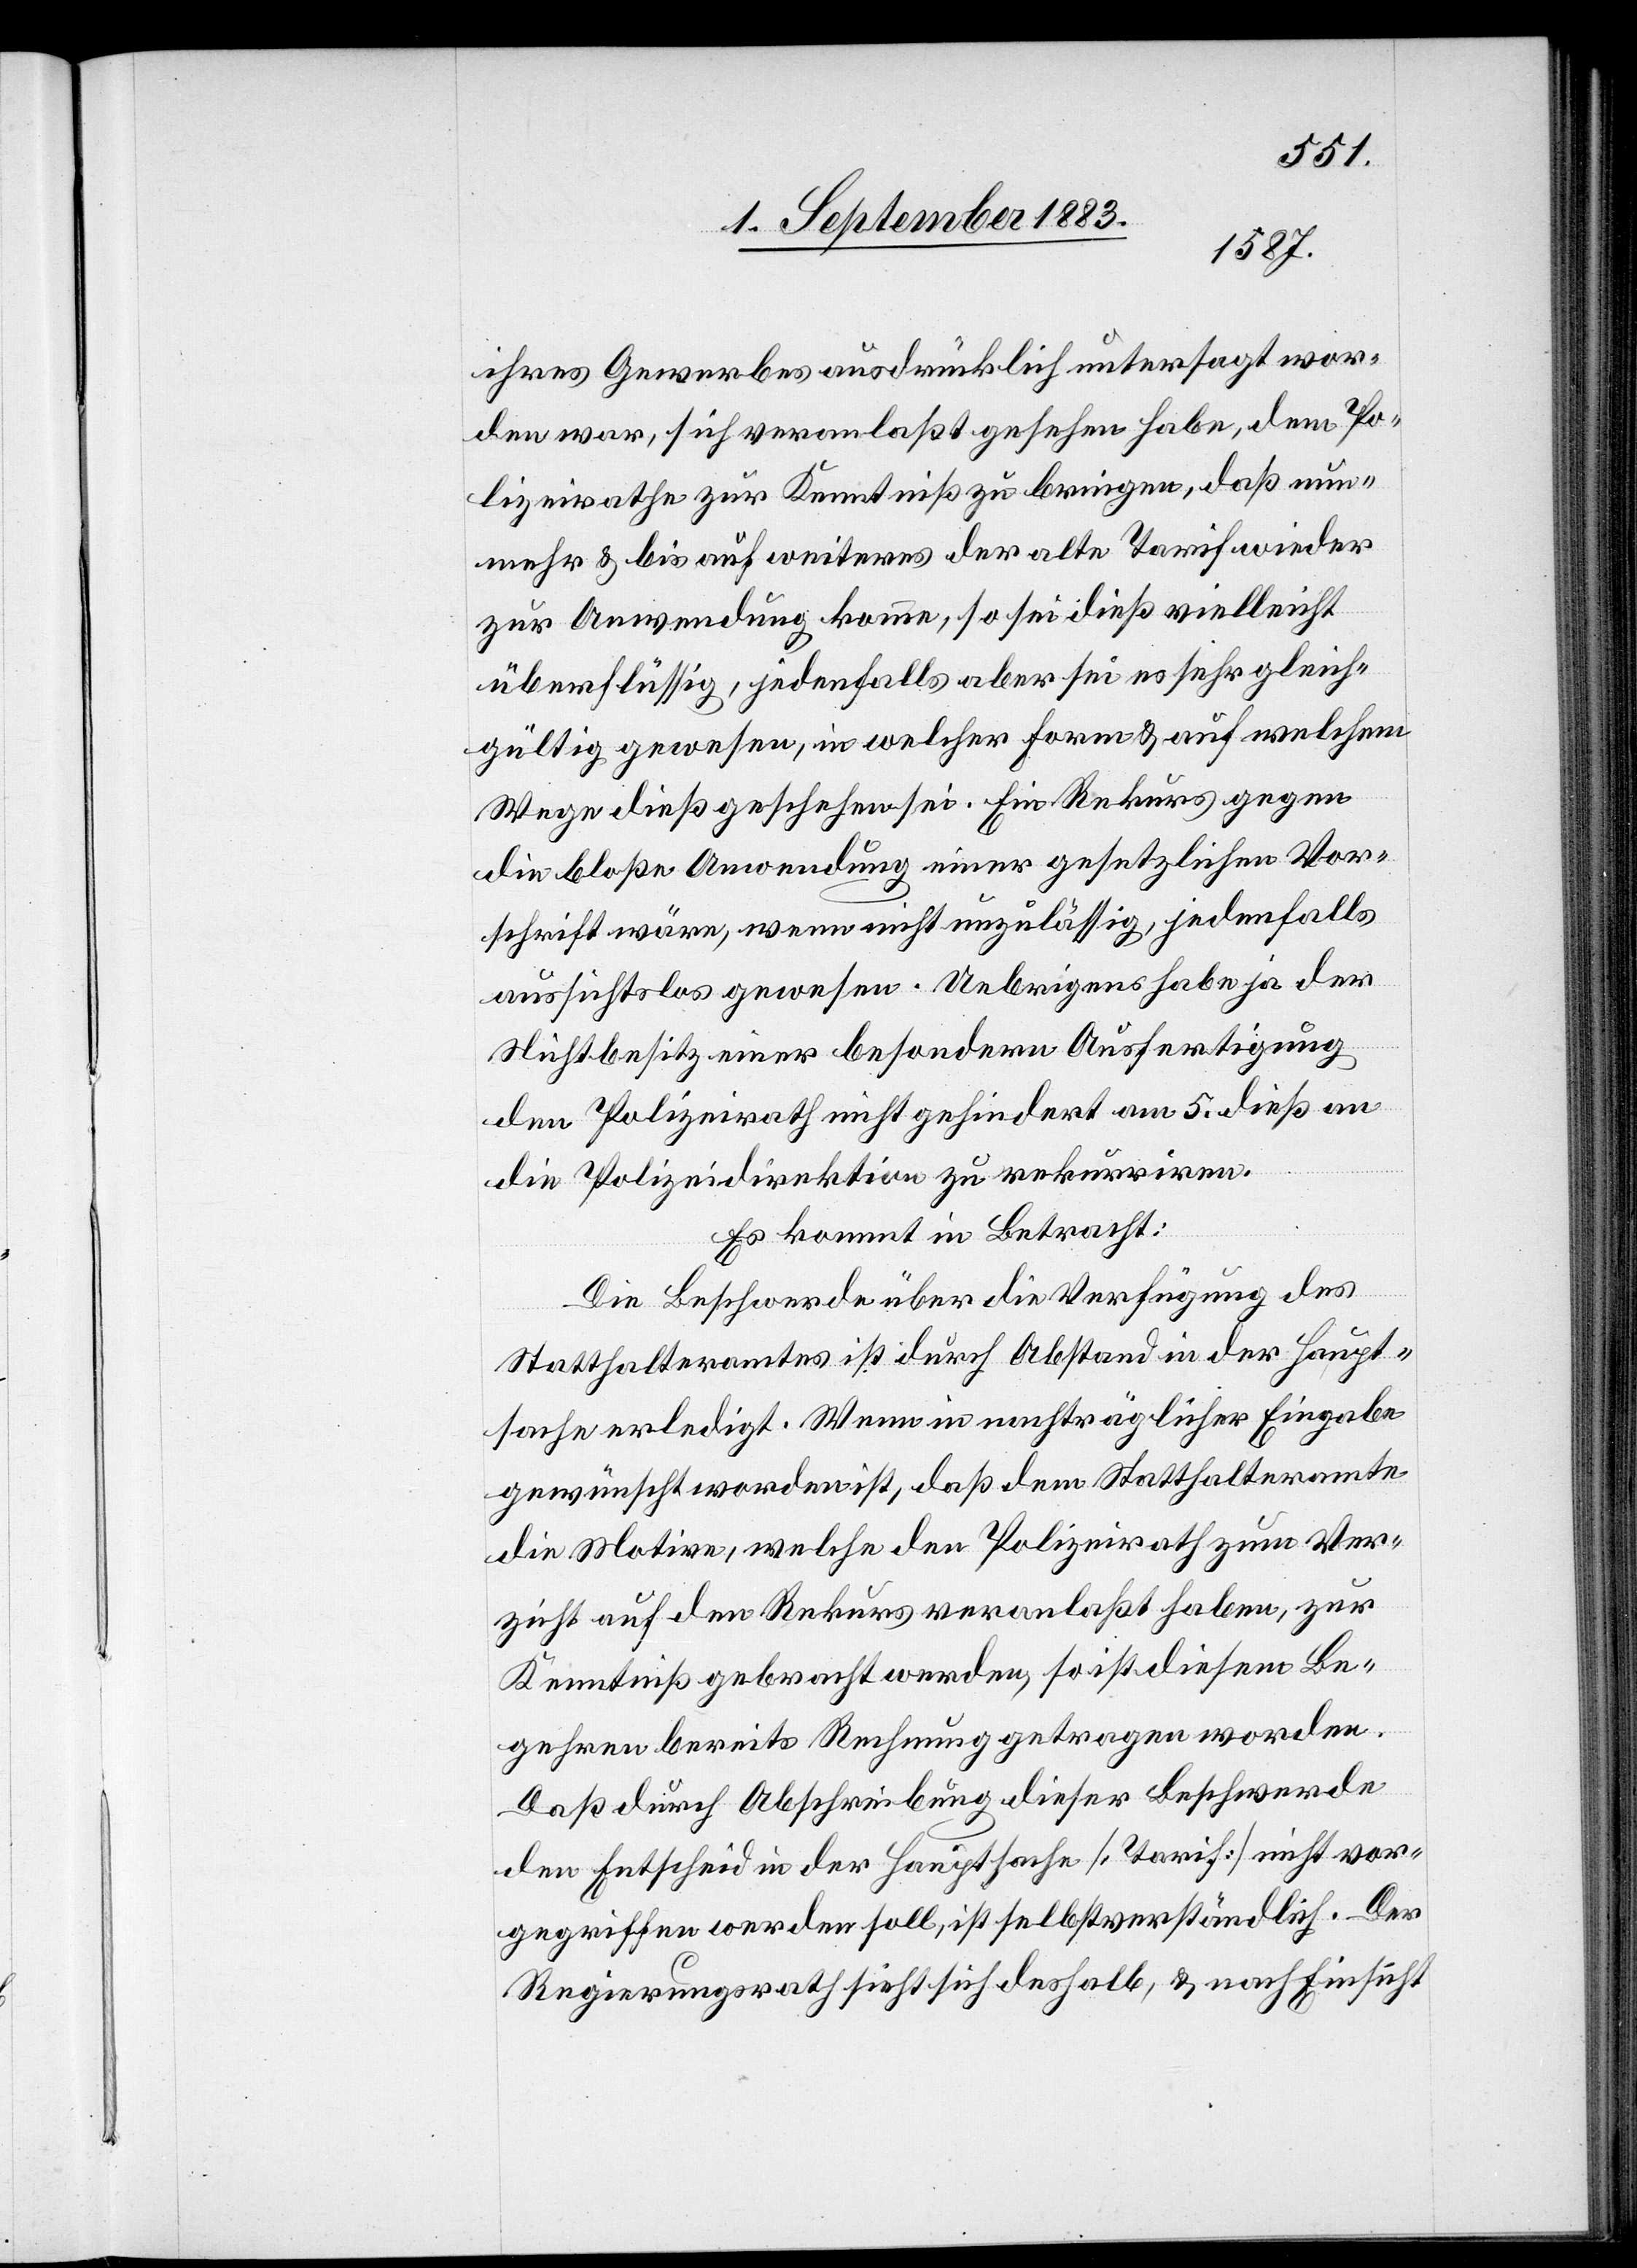
ihres Gewerbes ausdrücklich untersagt wor¬
den war, sich veranlaßt gesehen habe, dem Po¬
lizeirathe zur Kenntniß zu bringen, daß nun¬
mehr & bis auf weiteres der alte Tarif wieder
zur Anwendung komme, so sei dieß vielleicht
überflüssig, jedenfalls aber sei es sehr gleich¬
gültig gewesen, in welcher Form & auf welchem
Wege dieß geschehen sei. Ein Rekurs gegen
die bloße Anwendung einer gesetzlichen Vor¬
schrift wäre, wenn nicht unzulässig, jedenfalls
aussichtslos gewesen. Uebrigens habe ja der
Nichtbesitz einer besondern Ausfertigung
den Polizeirath nicht gehindert am 5. dieß an
die Polizeidirektion zu rekurriren.
Es kommt in Betracht:
Die Beschwerde über die Verfügung des
Statthalteramtes ist durch Abstand in der Haupt¬
sache erledigt, Wenn in nachträglicher Eingabe
gewünscht worden ist, daß dem Statthalteramte
die Motive, welche den Polizeirath zum Ver¬
zicht auf den Rekurs veranlaßt haben, zur
Kenntniß gebracht werden, so ist diesem Be¬
gehren bereits Rechnung getragen worden.
Daß durch Abschreibung dieser Beschwerde
Entscheid in der Hauptsache [Tarif] nicht vor¬
gegriffen werden soll, ist selbstverständlich. Der
Regierungsrath sieht sich deshalb, & nach Einsicht